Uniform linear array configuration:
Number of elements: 24
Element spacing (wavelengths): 0.75
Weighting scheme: exponential
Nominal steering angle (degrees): -45
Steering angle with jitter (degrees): -45.786
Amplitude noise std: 0.05
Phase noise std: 0.05

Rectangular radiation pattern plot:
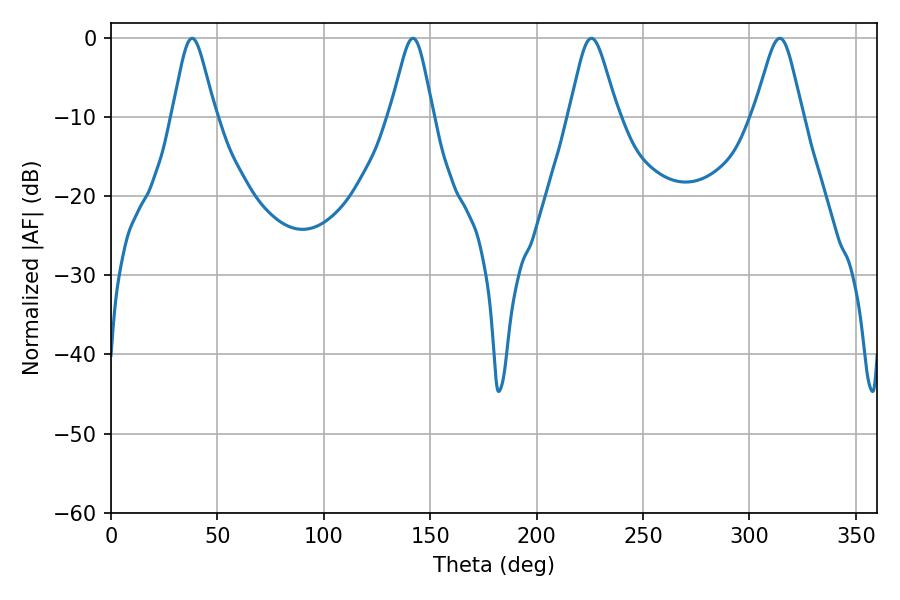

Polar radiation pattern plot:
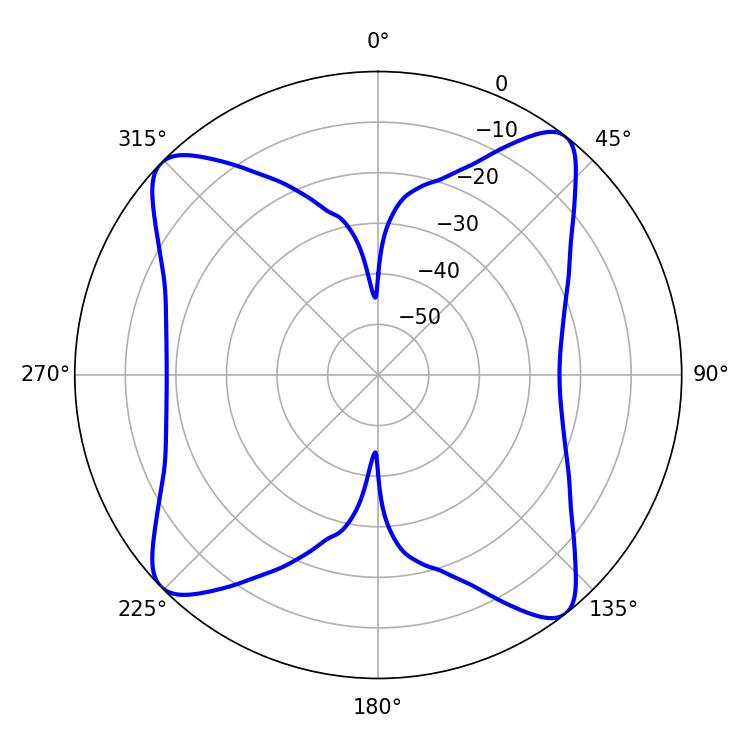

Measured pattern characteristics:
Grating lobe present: TRUE
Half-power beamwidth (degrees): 10.98
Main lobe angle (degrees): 225.72